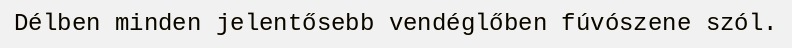
Délben minden jelentősebb vendéglőben fúvószene szól.